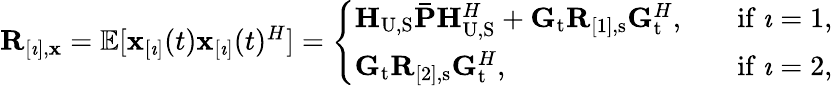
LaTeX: \begin{array}{r}{\mathbf{R}_{[\imath],\mathbf{x}}=\mathbb{E}[\mathbf{x}_{[\imath]}(t)\mathbf{x}_{[\imath]}(t)^{H}]=\left\{ \begin{array}{ll}{\mathbf{H}_{\mathrm{U},\mathrm{S}}\mathbf{\bar{P}}\mathbf{H}_{\mathrm{U},\mathrm{S}}^{H}+\mathbf{G}_{\mathrm{t}}\mathbf{R}_{[1],\mathrm{s}}\mathbf{G}_{\mathrm{t}}^{H},\quad}&{\mathrm{if}\ \imath=1,}\\ {\mathbf{G}_{\mathrm{t}}\mathbf{R}_{[2],\mathrm{s}}\mathbf{G}_{\mathrm{t}}^{H},\quad}&{\mathrm{if}\ \imath=2,}\end{array}\right.}\end{array}